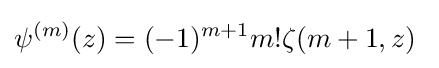
\psi ^{(m)}(z)=(-1)^{m+1}m!\zeta (m+1,z)\